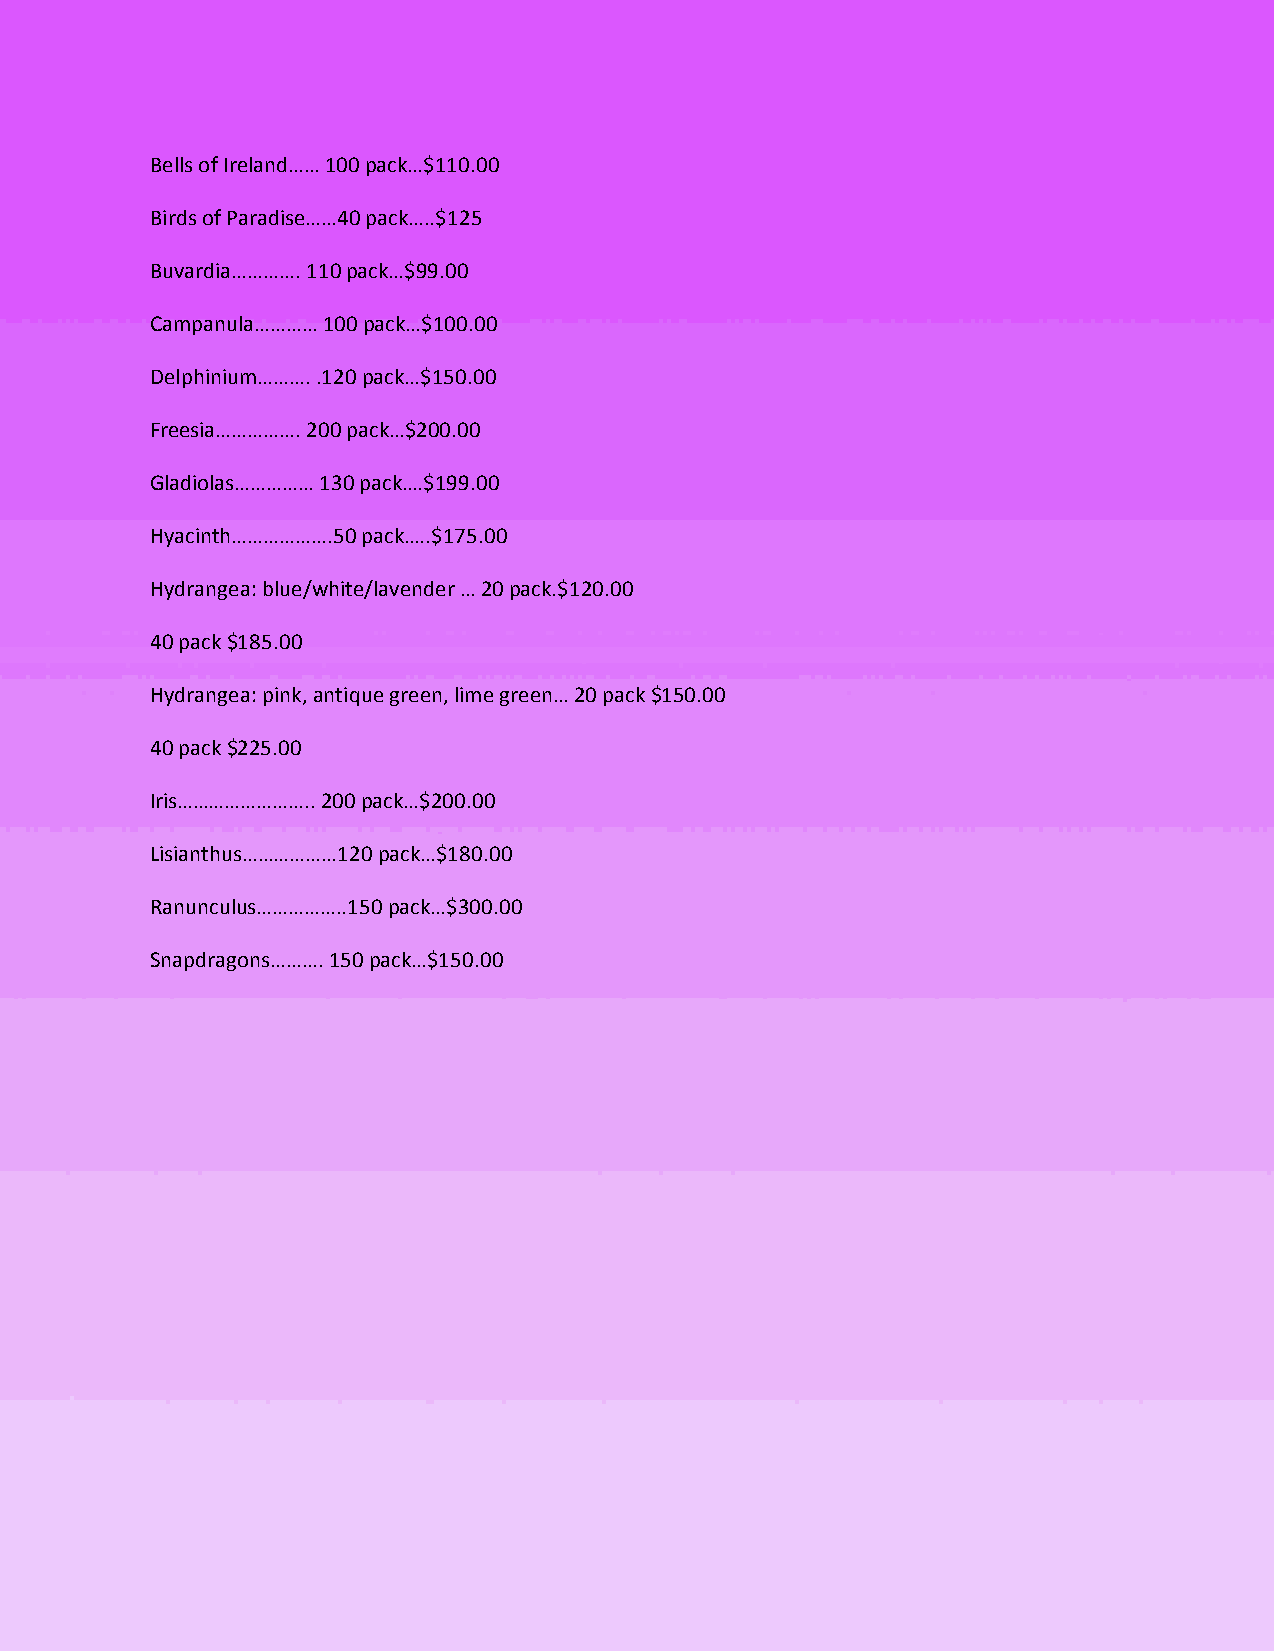
Bells of Ireland…… 100 pack…$110.00
 Birds of Paradise……40 pack…..$125
 Buvardia…………. 110 pack…$99.00
 Campanula………… 100 pack…$100.00
 Delphinium………. .120 pack…$150.00
 Freesia……………. 200 pack…$200.00
 Gladiolas…………… 130 pack….$199.00
 Hyacinth……………….50 pack…..$175.00
 Hydrangea: blue/white/lavender … 20 pack.$120.00
 40 pack $185.00
 Hydrangea: pink, antique green, lime green… 20 pack $150.00
 40 pack $225.00
 Iris…………………….. 200 pack…$200.00
 Lisianthus………………120 pack…$180.00
 Ranunculus……………..150 pack…$300.00
 Snapdragons………. 150 pack…$150.00